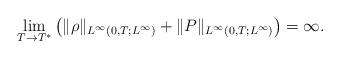
LaTeX: \begin{align*}\lim_{T\rightarrow T^{*}}\left(\|\rho\|_{L^{\infty}(0,T;L^\infty)}+\|P\|_{L^{\infty}(0,T;L^\infty)}\right)=\infty.\end{align*}